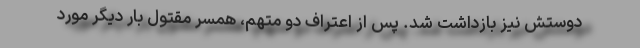
دوستش نیز بازداشت شد. پس از اعتراف دو متهم، همسر مقتول بار دیگر مورد